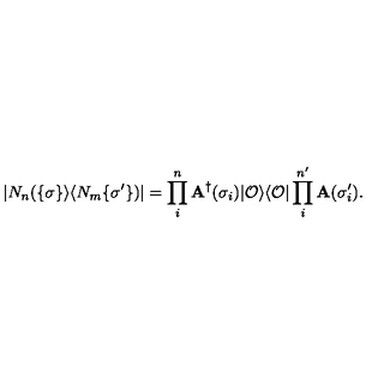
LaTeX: | N _ { n } ( \{ \sigma \} \rangle \langle N _ { m } \{ \sigma ^ { \prime } \} ) | = \prod _ { i } ^ { n } { \bf A } ^ { \dag } ( \sigma _ { i } ) | { \cal O } \rangle \langle { \cal O } | \prod _ { i } ^ { n ^ { \prime } } { \bf A } ( \sigma _ { i } ^ { \prime } ) .